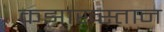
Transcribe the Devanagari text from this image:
कझाख्स्तान